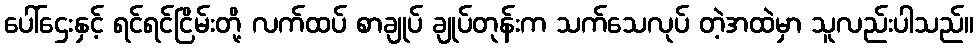
ပေါ်ဌေးနှင့် ရင်ရင်ငြိမ်းတို့ လက်ထပ် စာချုပ် ချုပ်တုန်းက သက်သေလုပ် တဲ့အထဲမှာ သူလည်းပါသည်။